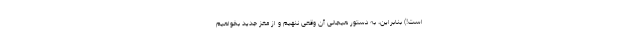
است!) بنابراین، به دستور هیجانی آن وقعی ننهیم و از مغز جدید بخواهیم